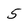
Character: 5